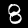
Label: 8